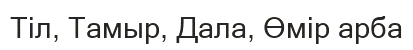
Тіл, Тамыр, Дала, Өмір арба